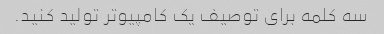
سه کلمه برای توصیف یک کامپیوتر تولید کنید.